Indian journal of veterinary science and animal husbandry - Volume 12,
Year: 1942
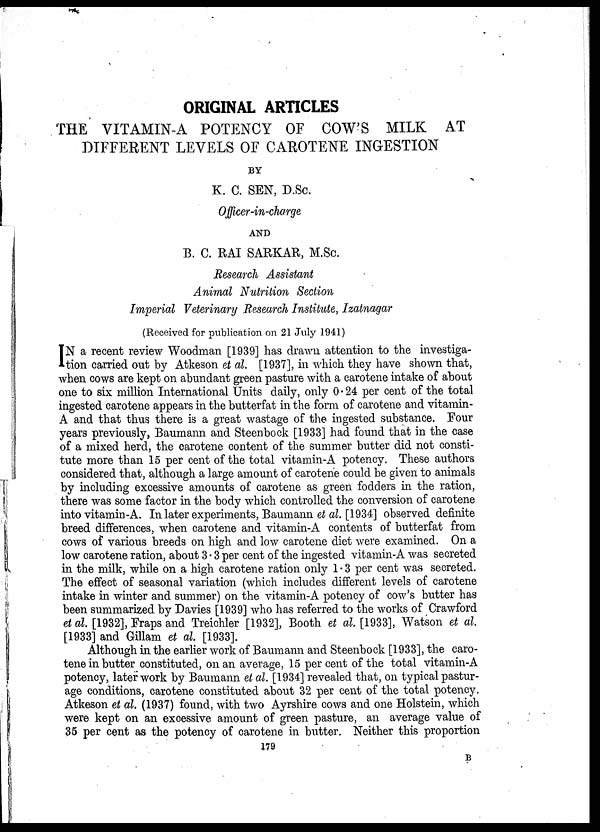
ORIGINAL ARTICLES
THE VITAMIN-A POTENCY OF COW'S MILK AT
DIFFERENT LEVELS OF CAROTENE INGESTION
BY
K. C. SEN, D.Sc.
Officer-in-charge
AND
B. C. RAI SARKAR, M.Sc.
Research Assistant
Animal Nutrition Section
Imperial Veterinary Research Institute, Izatnagar
(Received for publication on 21 July 1941)
I N a recent review Woodman [1939] has drawn attention to the investiga-
tion carried out by Atkeson et al. [1937], in which they have shown that,
when cows are kept on abundant green pasture with a carotene intake of about
one to six million International Units daily, only 0 . 24 per cent of the total
ingested carotene appears in the butterfat in the form of carotene and vitamin-
A and that thus there is a great wastage of the ingested substance. Four
years previously, Baumann and Steenbock [1933] had found that in the case
of a mixed herd, the carotene content of the summer butter did not consti-
tute more than 15 per cent of the total vitamin-A potency. These authors
considered that, although a large amount of carotene could be given to animals
by including excessive amounts of carotene as green fodders in the ration,
there was some factor in the body which controlled the conversion of carotene
into vitamin-A. In later experiments, Baumann et al. [1934] observed definite
breed differences, when carotene and vitamin-A contents of butterfat from
cows of various breeds on high and low carotene diet were examined. On a
low carotene ration, about 3.3 per cent of the ingested vitamin-A was secreted
in the milk, while on a high carotene ration only 1.3 per cent was secreted.
The effect of seasonal variation (which includes different levels of carotene
intake in winter and summer) on the vitamin-A potency of cow's butter has
been summarized by Davies [1939] who has referred to the works of Crawford
et al. [1932], Fraps and Treichler [1932], Booth et al. [1933], Watson et al.
[1933] and Gillam et al. [1933].
Although in the earlier work of Baumann and Steenbock [1933], the caro-
tene in butter constituted, on an average, 15 per cent of the total vitamin-A
potency, later work by Baumann et al. [1934] revealed that, on typical pastur-
age conditions, carotene constituted about 32 per cent of the total potency.
Atkeson et al. (1937) found, with two Ayrshire cows and one Holstein, which
were kept on an excessive amount of green pasture, an average value of
35 per cent as the potency of carotene in butter. Neither this proportion
179
B